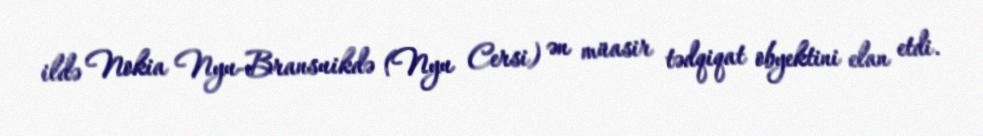
ildə Nokia Nyu-Bransuikdə (Nyu Cersi) ən müasir tədqiqat obyektini elan etdi.